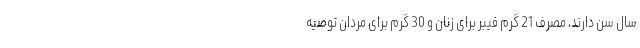
سال سن دارند، مصرف 21 گرم فیبر برای زنان و 30 گرم برای مردان توصیه